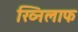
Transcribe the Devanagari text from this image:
ख्निलाफ